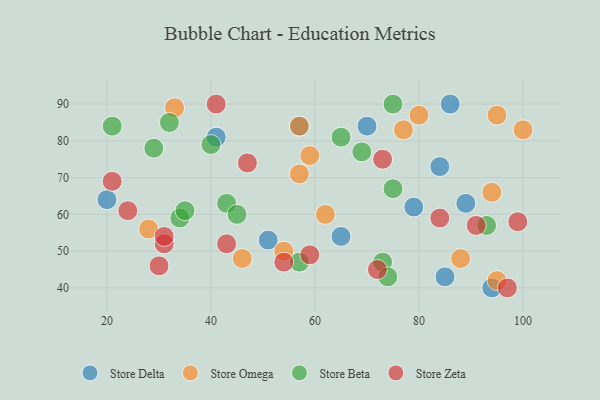
{"axis": {"x": "GDP", "y": "Life Expectancy"}, "legend": ["Store Beta", "Store Delta", "Store Omega", "Store Zeta"], "data": [{"x": "85", "y": 43, "type": "Store Delta"}, {"x": "79", "y": 62, "type": "Store Delta"}, {"x": "57", "y": 84, "type": "Store Delta"}, {"x": "84", "y": 73, "type": "Store Delta"}, {"x": "86", "y": 90, "type": "Store Delta"}, {"x": "65", "y": 54, "type": "Store Delta"}, {"x": "51", "y": 53, "type": "Store Delta"}, {"x": "70", "y": 84, "type": "Store Delta"}, {"x": "94", "y": 40, "type": "Store Delta"}, {"x": "20", "y": 64, "type": "Store Delta"}, {"x": "41", "y": 81, "type": "Store Delta"}, {"x": "89", "y": 63, "type": "Store Delta"}, {"x": "33", "y": 89, "type": "Store Omega"}, {"x": "94", "y": 66, "type": "Store Omega"}, {"x": "28", "y": 56, "type": "Store Omega"}, {"x": "54", "y": 50, "type": "Store Omega"}, {"x": "62", "y": 60, "type": "Store Omega"}, {"x": "80", "y": 87, "type": "Store Omega"}, {"x": "77", "y": 83, "type": "Store Omega"}, {"x": "95", "y": 87, "type": "Store Omega"}, {"x": "59", "y": 76, "type": "Store Omega"}, {"x": "88", "y": 48, "type": "Store Omega"}, {"x": "57", "y": 84, "type": "Store Omega"}, {"x": "100", "y": 83, "type": "Store Omega"}, {"x": "57", "y": 71, "type": "Store Omega"}, {"x": "46", "y": 48, "type": "Store Omega"}, {"x": "95", "y": 42, "type": "Store Omega"}, {"x": "65", "y": 81, "type": "Store Beta"}, {"x": "32", "y": 85, "type": "Store Beta"}, {"x": "40", "y": 79, "type": "Store Beta"}, {"x": "73", "y": 47, "type": "Store Beta"}, {"x": "34", "y": 59, "type": "Store Beta"}, {"x": "43", "y": 63, "type": "Store Beta"}, {"x": "57", "y": 47, "type": "Store Beta"}, {"x": "35", "y": 61, "type": "Store Beta"}, {"x": "74", "y": 43, "type": "Store Beta"}, {"x": "75", "y": 67, "type": "Store Beta"}, {"x": "69", "y": 77, "type": "Store Beta"}, {"x": "29", "y": 78, "type": "Store Beta"}, {"x": "75", "y": 90, "type": "Store Beta"}, {"x": "45", "y": 60, "type": "Store Beta"}, {"x": "21", "y": 84, "type": "Store Beta"}, {"x": "93", "y": 57, "type": "Store Beta"}, {"x": "24", "y": 61, "type": "Store Zeta"}, {"x": "41", "y": 90, "type": "Store Zeta"}, {"x": "91", "y": 57, "type": "Store Zeta"}, {"x": "47", "y": 74, "type": "Store Zeta"}, {"x": "21", "y": 69, "type": "Store Zeta"}, {"x": "31", "y": 52, "type": "Store Zeta"}, {"x": "72", "y": 45, "type": "Store Zeta"}, {"x": "97", "y": 40, "type": "Store Zeta"}, {"x": "73", "y": 75, "type": "Store Zeta"}, {"x": "54", "y": 47, "type": "Store Zeta"}, {"x": "84", "y": 59, "type": "Store Zeta"}, {"x": "59", "y": 49, "type": "Store Zeta"}, {"x": "31", "y": 54, "type": "Store Zeta"}, {"x": "30", "y": 46, "type": "Store Zeta"}, {"x": "99", "y": 58, "type": "Store Zeta"}, {"x": "43", "y": 52, "type": "Store Zeta"}]}